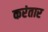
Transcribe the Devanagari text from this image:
करंतार